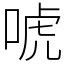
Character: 唬